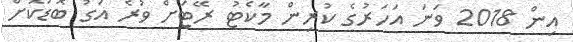
އިން 2018 ވަނަ އަހަރުގެ ކުރިން މާކެޓު ރޭޓަށް ވުރެ އަގު ބޮޑުކޮށް